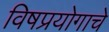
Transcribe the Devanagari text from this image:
विषप्रयोगाचे